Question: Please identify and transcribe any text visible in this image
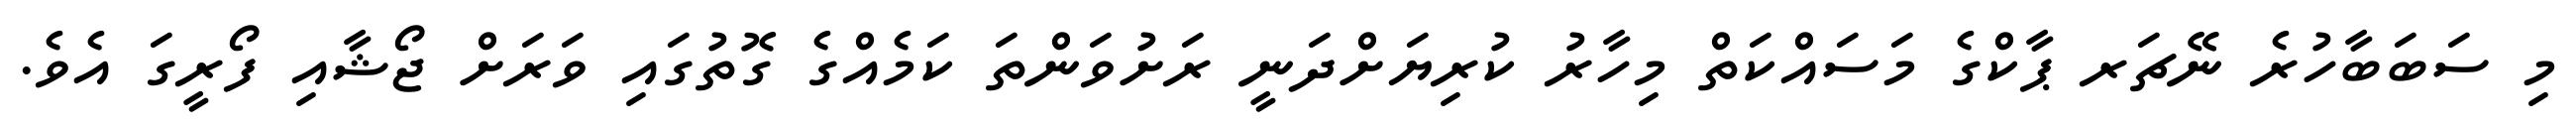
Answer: މި ސަބަބާހުރެ ނޭޗަރ ޕާކްގެ މަސައްކަތް މިހާރު ކުރިޔަށްދަނީ ރަށުވަންތަ ކަމެއްގެ ގޮތުގައި ވަރަށް ޖޯޝާއި ފޯރީގަ އެވެ.